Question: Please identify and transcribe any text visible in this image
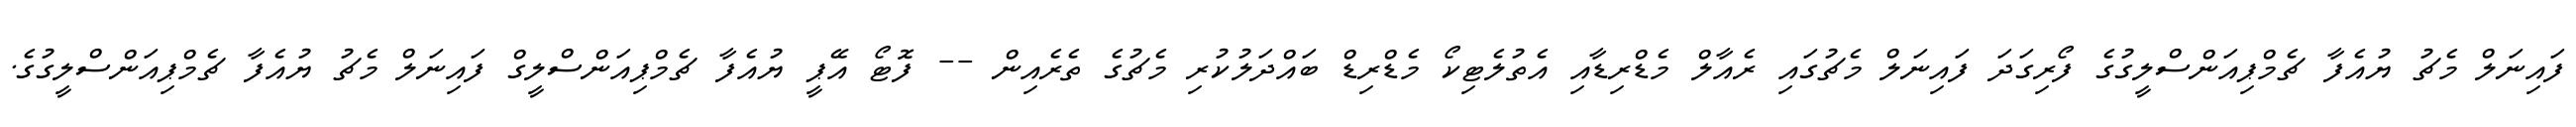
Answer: ފައިނަލް މެޗު ޔުއެފާ ޗެމްޕިއަންސްލީގުގެ ފޯރިގަދަ ފައިނަލް މެޗުގައި ރެއާލް މެޑްރިޑާއި އެތުލެޓިކޯ މެޑްރިޑް ބައްދަލުކުރި މެޗުގެ ތެރެއިން -- ފޮޓޯ އޭޕީ ޔުއެފާ ޗެމްޕިއަންސްލީގް ފައިނަލް މެޗު ޔުއެފާ ޗެމްޕިއަންސްލީގުގެ.